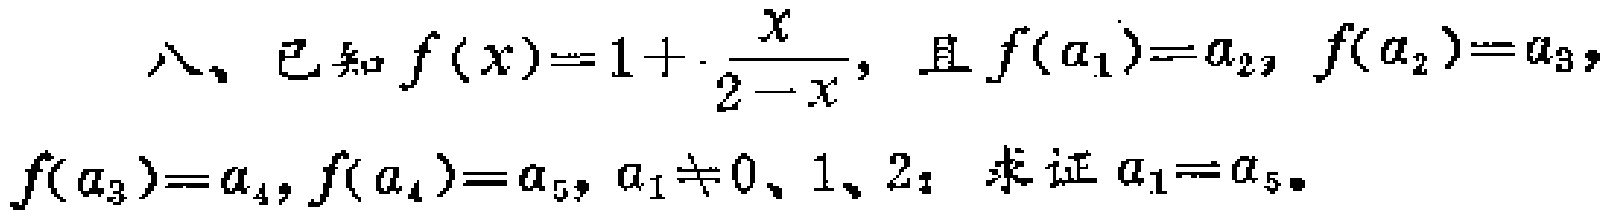
八、已知$f(x)=1+\frac{x}{2 - x}$，且$f(a_1)=a_2$，$f(a_2)=a_3$，$f(a_3)=a_4$，$f(a_4)=a_5$，$a_1\neq0、1、2$，求证$a_1 = a_5$。